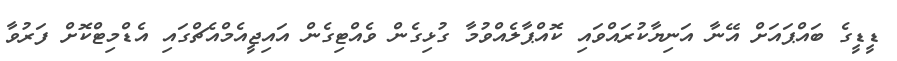
ޑީޑީގެ ބައްޕައަށް އޭނާ އަނިޔާކުރައްވައި ކޮއްޕާލެއްވުމާ ގުޅިގެން ވެއްޓިގެން އައިޖީއެމްއެޗްގައި އެޑްމިޓްކޮށް ފަރުވާ